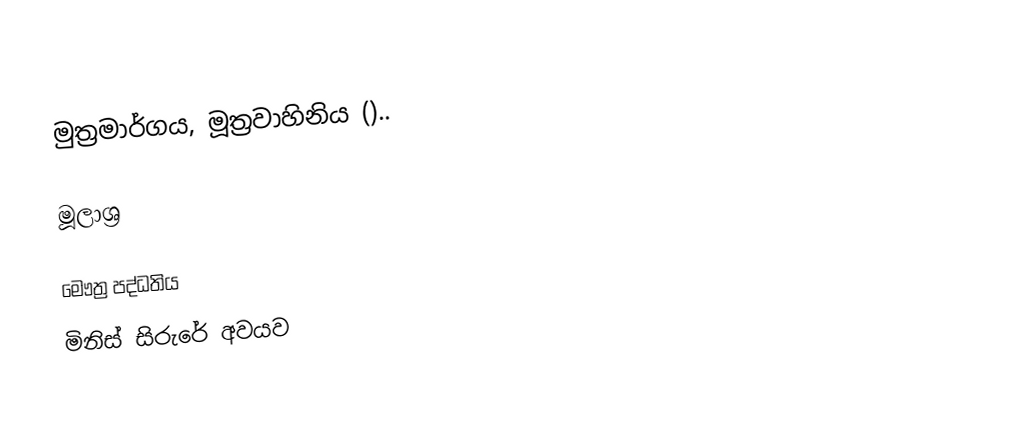
මුත්‍රමාර්ගය, මූත්‍රවාහිනිය ()..

මූලාශ්‍ර

මෞත්‍ර පද්ධතිය
මිනිස් සිරුරේ අවයව